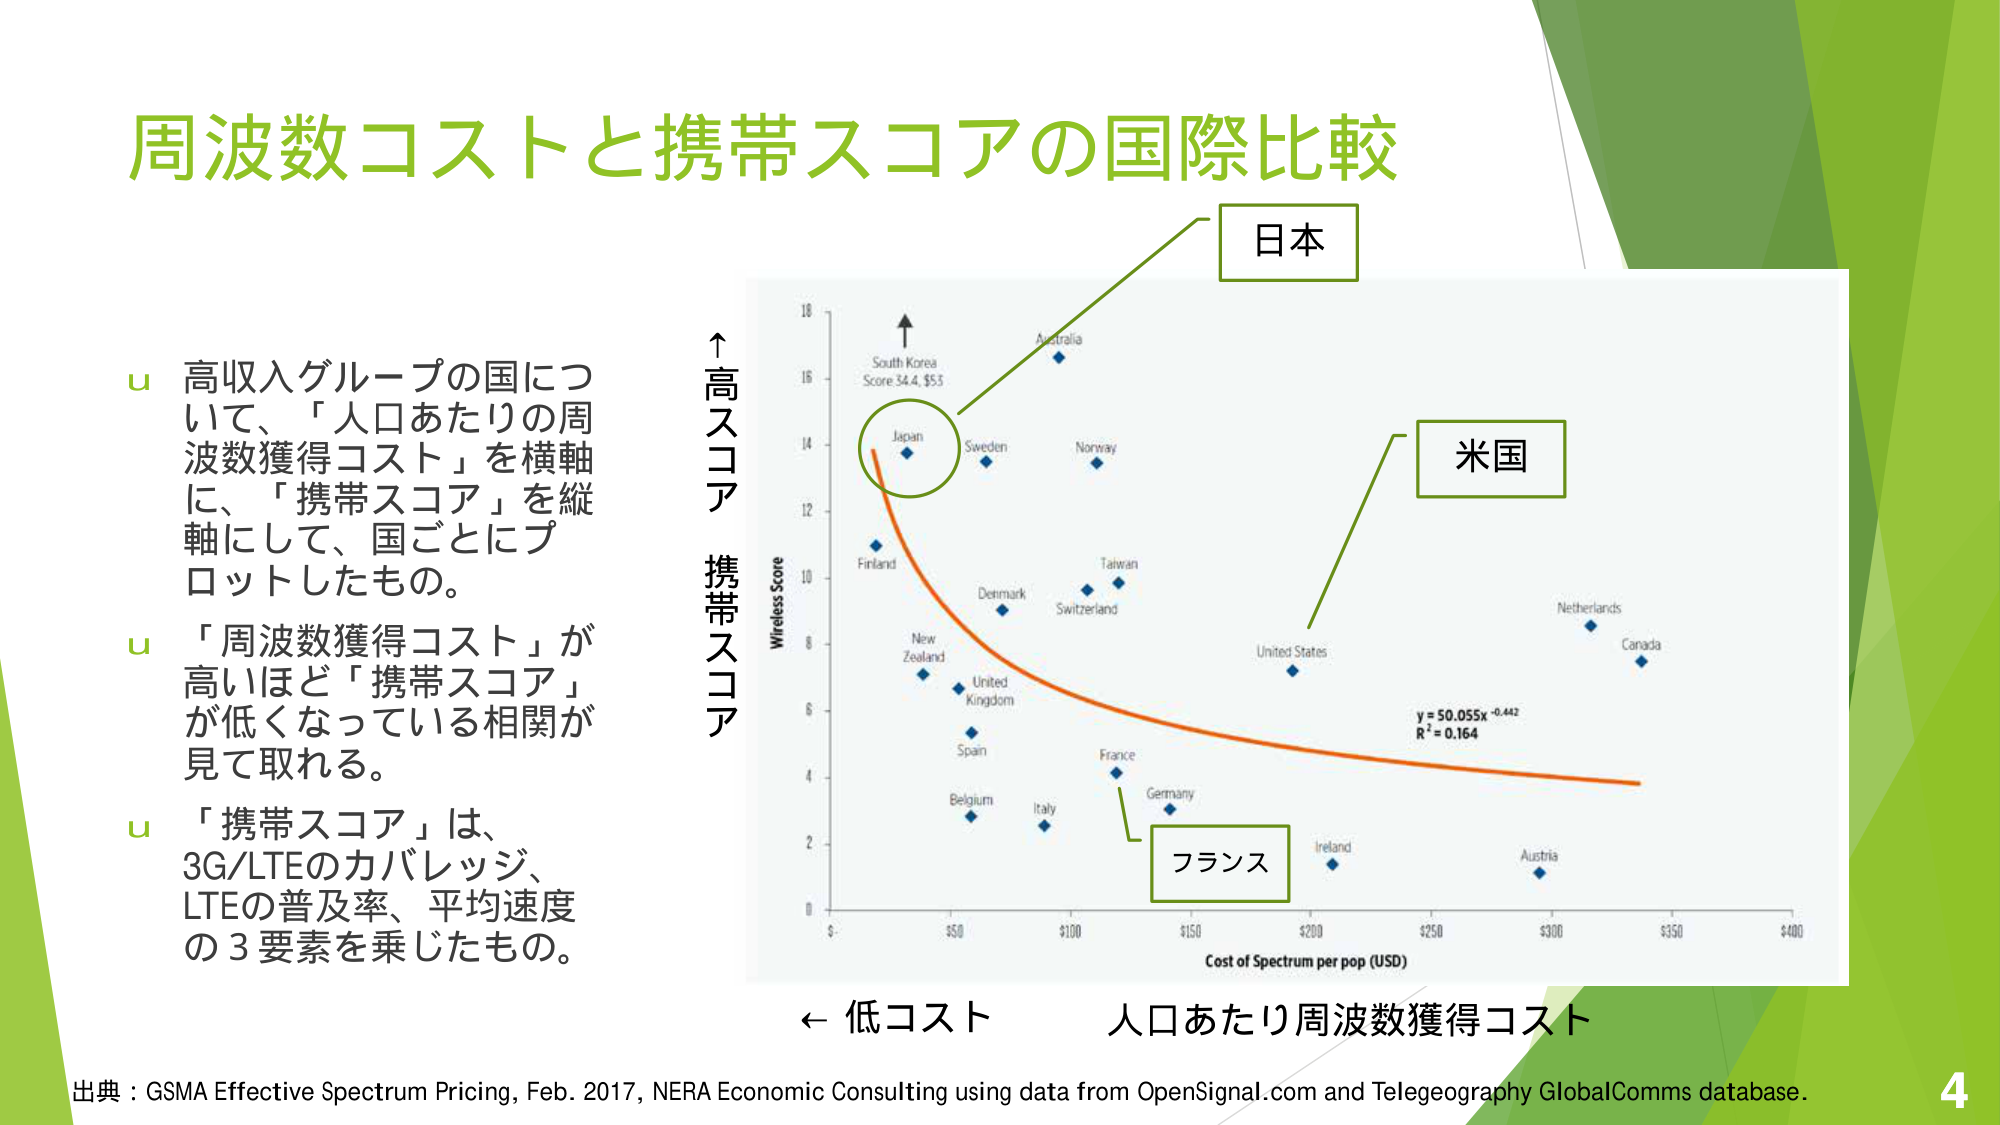
周波数コストと携帯スコアの国際比較

u 高収入グループの国について、「人口あたりの周波数獲得コスト」を横軸に、「携帯スコア」を縦軸にして、国ごとにプロットしたもの。
u 「周波数獲得コスト」が高いほど「携帯スコア」が低くなっている相関が見て取れる。
u 「携帯スコア」は、3G/LTEのカバレッジ、LTEの普及率、平均速度の3要素を乗じたもの。

日本
米国
フランス

↑ 高スコア
携帯スコア
Wireless Score

Cost of Spectrum per pop (USD)

← 低コスト 人口あたり周波数獲得コスト

y = 50.055x⁻⁰·⁴⁴²
R² = 0.164

South Korea
Score 34.4, $53

Japan
Sweden
Norway
Australia
Finland
Denmark
Taiwan
Switzerland
New Zealand
United Kingdom
Spain
Belgium
Italy
France
Germany
United States
Netherlands
Canada
Ireland
Austria

出典：GSMA Effective Spectrum Pricing, Feb. 2017, NERA Economic Consulting using data from OpenSignal.com and Telegeography GlobalComms database.

4